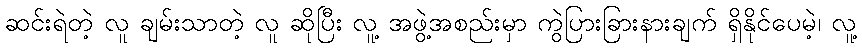
ဆင်းရဲတဲ့ လူ ချမ်းသာတဲ့ လူ ဆိုပြီး လူ့ အဖွဲ့အစည်းမှာ ကွဲပြားခြားနားချက် ရှိနိုင်ပေမဲ့၊ လူ့